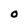
Character: O